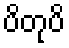
ပိတုပိ